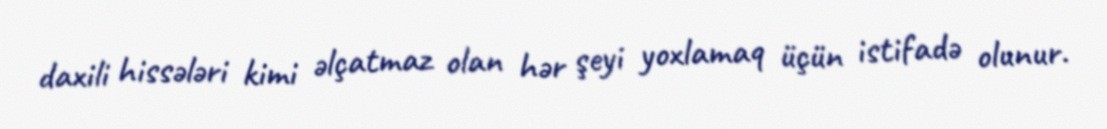
daxili hissələri kimi əlçatmaz olan hər şeyi yoxlamaq üçün istifadə olunur.